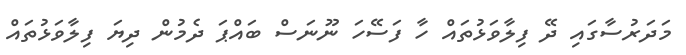
މަދަރުސާގައި ދޭ ފިލާވަޅުތައް ހާ ފަސޭހަ ނޫނަސް ބައްޕަ ދެމުން ދިޔަ ފިލާވަޅުތައް